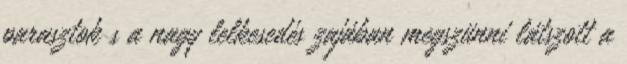
parasztok s a nagy lelkesedés zajában megszünni látszott a